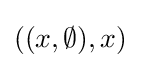
((x,\emptyset ),x)